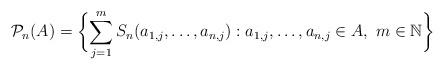
LaTeX: \begin{align*}\mathcal{P}_n(A)=\biggl\{\sum_{j=1}^m S_n(a_{1,j},\dotsc,a_{n,j}) : a_{1,j},\dotsc,a_{n,j}\in A, \ m\in\mathbb{N}\biggr\}\end{align*}